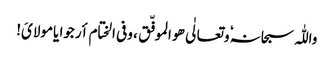
واللّٰہ سبحانہٗ وتعالٰی ھو الموفّق ، وفی الختام أرجوا یامولایَ!